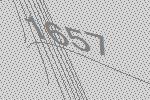
1657